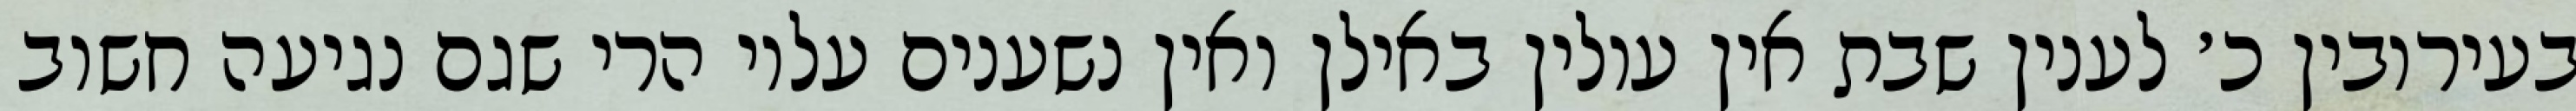
בעירובין כ׳ לענין שבת אין עולין באילן ואין נשענים עליו הרי שגם נגיעה חשוב